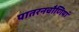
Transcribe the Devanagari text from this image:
पातरनचौणियां